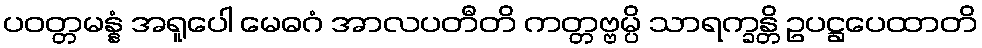
ပဝတ္တမန္နံ အရူပေါ မေဓဂံ အာလပတီတိ ကတ္တဗ္ဗမ္ပိ သာရက္ခန္တိ ဥပဋ္ဌပေထာတိ